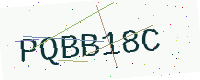
Text: PQBB18C